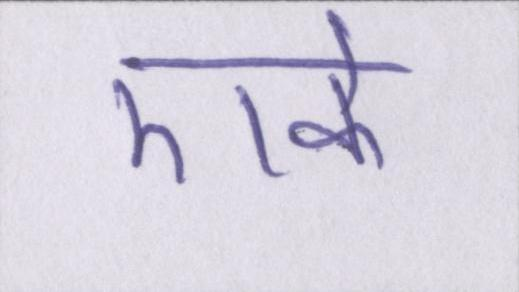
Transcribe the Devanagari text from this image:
एके